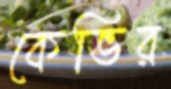
কেভির